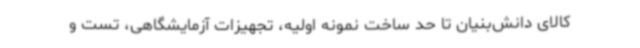
کالای دانش‌بنیان تا حد ساخت نمونه اولیه، تجهیزات آزمایشگاهی، تست و